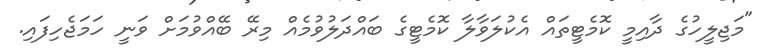
"މަޖިލީހުގެ ދާއިމީ ކޮމެޓީތައް އެކުލަވާލާ ކޮމެޓީގެ ބައްދަލުވުމެއް މިރޭ ބޭއްވުމަށް ވަނީ ހަމަޖެހިފައި.